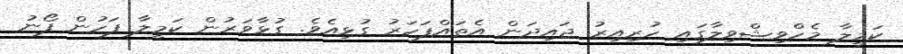
ކަމީލާ މެހްވިޝްވިލާގައި ހުރިއިރު ޖައިދަން އެތައްފަހަރު ގުޅިއެވެ. ގުޅާވަރުން ކަމީލާ ފަހުން ފޯނު